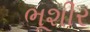
ભૂશીર